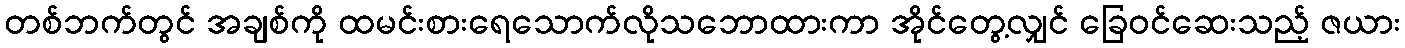
တစ်ဘက်တွင် အချစ်ကို ထမင်းစားရေသောက်လိုသဘောထားကာ အိုင်တွေ့လျှင် ခြေဝင်ဆေးသည့် ဇယား